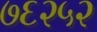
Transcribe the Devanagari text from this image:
७६२५२